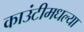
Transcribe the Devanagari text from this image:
काउंटीमधल्या